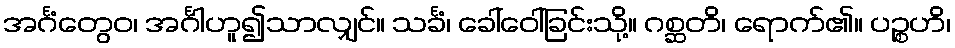
အင်္ဂံတွေဝ၊ အင်္ဂါဟူ၍သာလျှင်။ သင်္ခံ၊ ခေါ်ဝေါ်ခြင်းသို့။ ဂစ္ဆတိ၊ ရောက်၏။ ပဉ္စဟိ၊